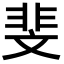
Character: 斐